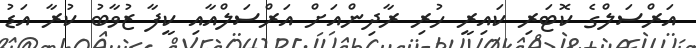
އަރްސަލްގެ ކޮޓަރި ކައިރީ ހުރި ރާދިންއަށް އަރްސަލްއާއި ކީފާ ޒުވާބު ކުރާ އަޑު